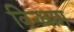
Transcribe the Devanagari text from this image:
विन्धाम